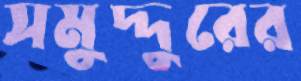
সমুদ্দুরের